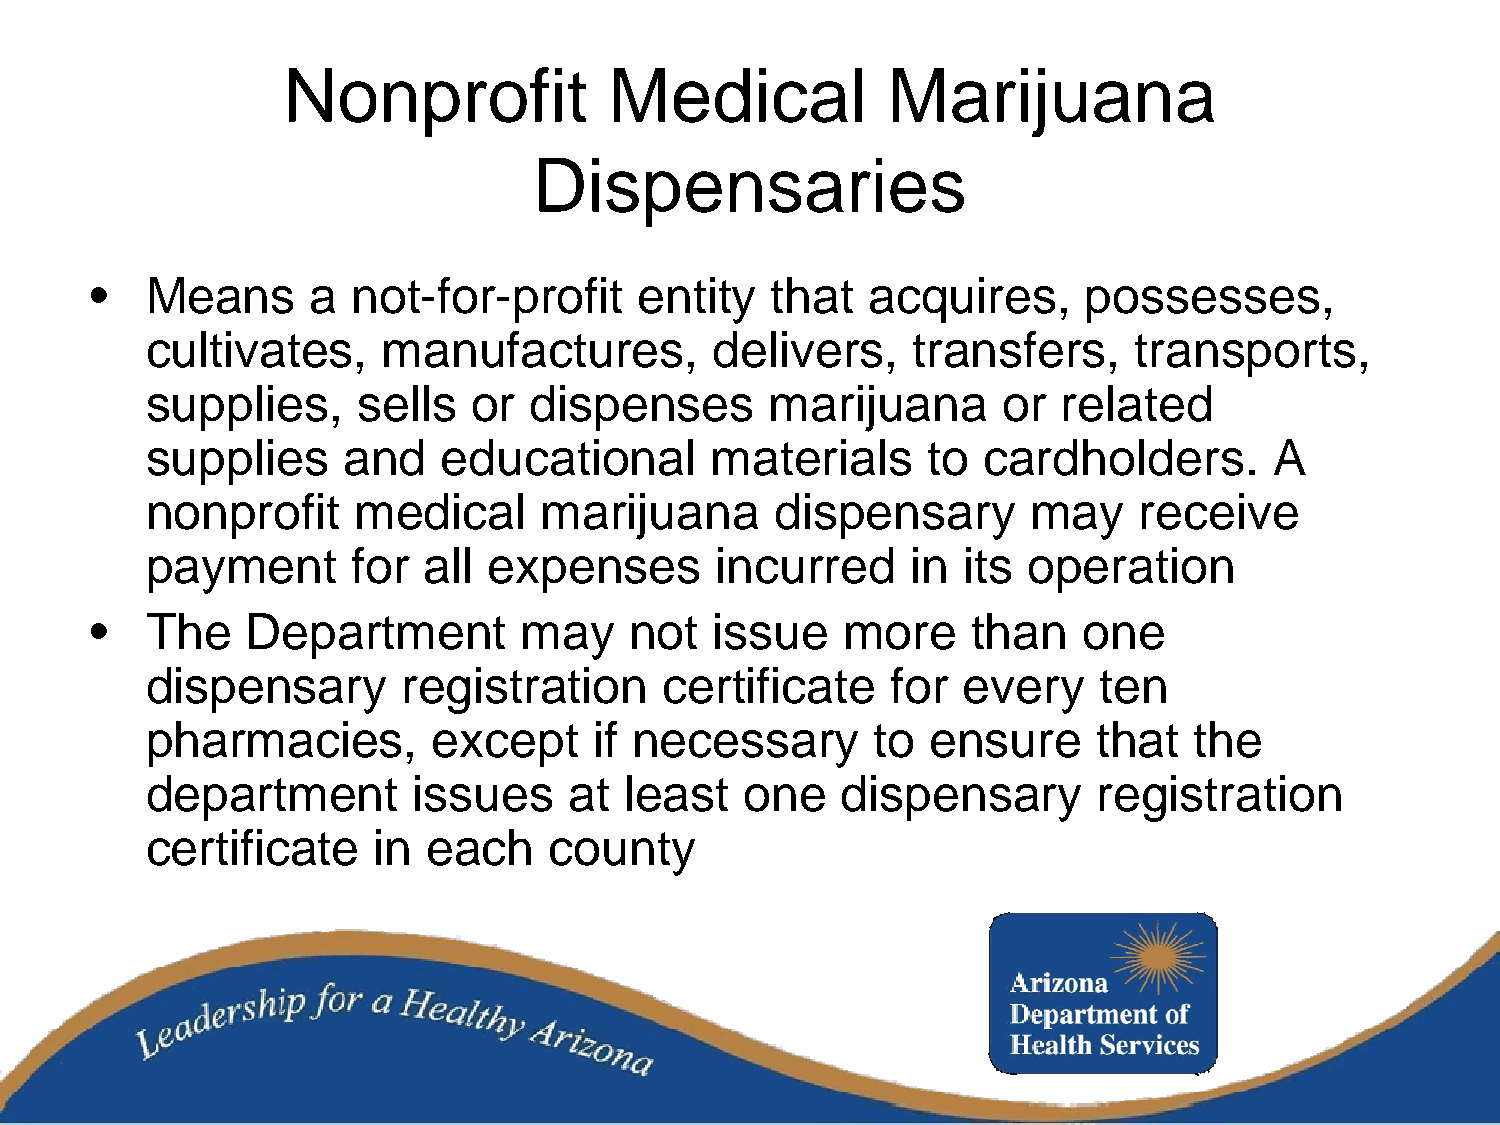
Nonprofit            Medical            Marijuana
 Dispensaries
 •   Means      a not-for-profit     entity   that  acquires,      possesses,
 cultivates,    manufactures,         delivers,    transfers,     transports,
 supplies,     sells  or  dispenses       marijuana      or  related
 supplies     and   educational       materials     to  cardholders.       A
 nonprofit    medical      marijuana      dispensary       may    receive
 payment      for  all expenses       incurred     in  its operation
 •   The   Department        may     not  issue    more    than    one
 dispensary       registration     certificate    for  every    ten
 pharmacies,        except    if necessary       to  ensure     that  the
 department       issues     at least   one    dispensary       registration
 certificate    in each    county